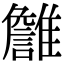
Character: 𩁏